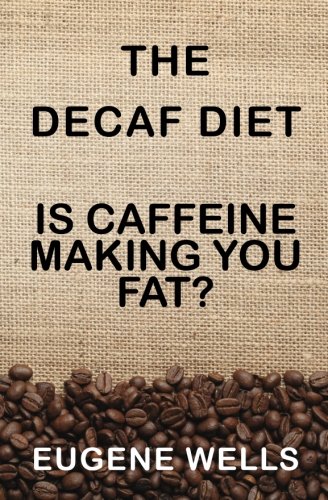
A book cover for The Decaf Diet: Is Caffeine Making You Fat?; Eugene Wells; Health, Fitness & Dieting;